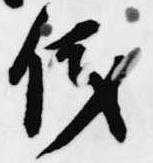
儀